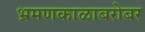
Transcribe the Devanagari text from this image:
भ्रमणकाळाबरोबर